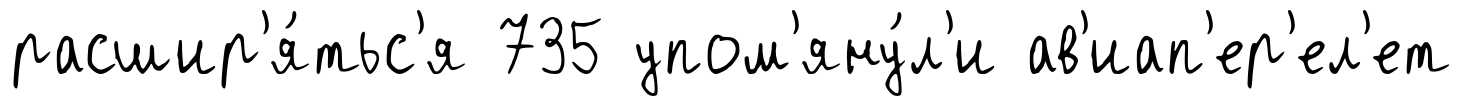
расшир'я́тьс'я 735 упом'яну́л'и ав'иап'ер'ел'ет